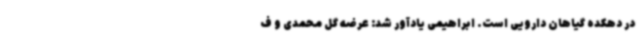
در دهکده گیاهان دارویی است. ابراهیمی یادآور شد: عرضه گل محمدی و ف